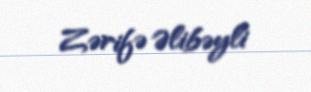
Zərifə Əlibəyli